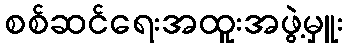
စစ်ဆင်ရေးအထူးအဖွဲ့မှူး